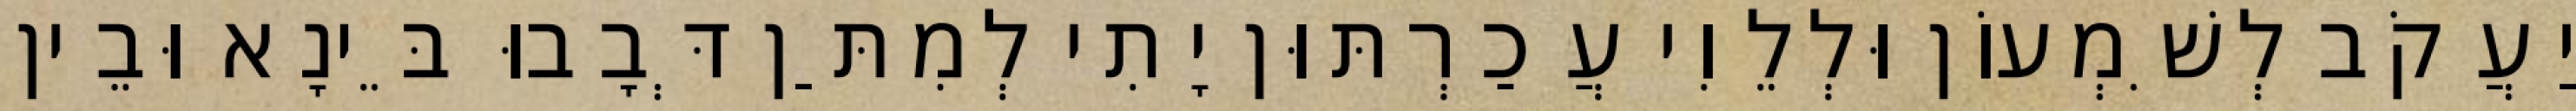
יַעֲקֹב לְשִׁמְעוֹן וּלְלֵוִי עֲכַרְתּוּן יָתִי לְמִתַּן דְּבָבוּ בֵּינָא וּבֵין